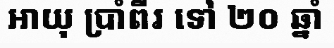
អាយុ ប្រាំពីរ ទៅ ២០ ឆ្នាំ